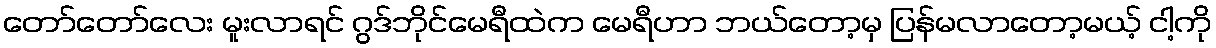
တော်တော်လေး မူးလာရင် ဂွဒ်ဘိုင်မေရီထဲက မေရီဟာ ဘယ်တော့မှ ပြန်မလာတော့မယ့် ငါ့ကို